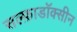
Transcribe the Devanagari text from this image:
सल्फ़ाडॉक्सीन